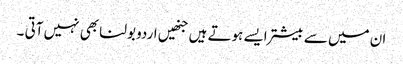
ان میں سے بیشتر ایسے ہوتے ہیں جنھیں اردو بولنا بھی نہیں آتی ۔